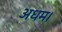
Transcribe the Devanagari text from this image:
अधम।